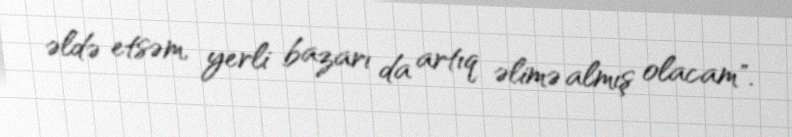
əldə etsəm, yerli bazarı da artıq əlimə almış olacam".